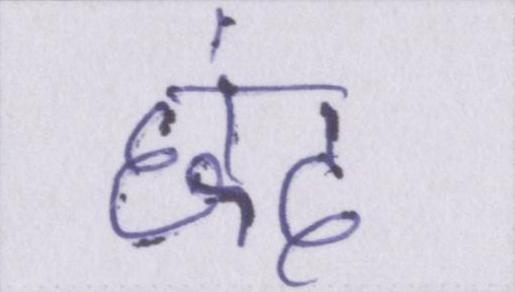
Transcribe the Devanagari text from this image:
छंद